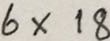
6 \times 1 8